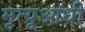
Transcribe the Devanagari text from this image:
मृत्यूआधी